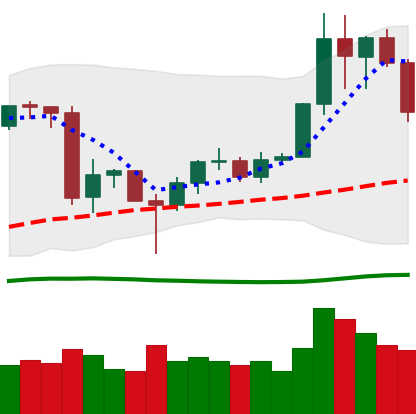
Ticker: LINK-USD
Chart end date: 2020-06-27
Forward return: 9.49%
Label: up_7plus